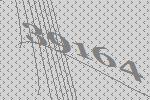
39164